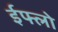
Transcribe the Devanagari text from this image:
ईफ्लो